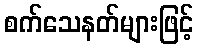
စက်သေနတ်များဖြင့်